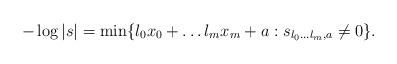
LaTeX: \begin{align*}-\log | s| =\min \{ l_0x_0+ \ldots l_m x_m + a : s_{l_0\ldots l_m,a}\neq 0 \}.\end{align*}